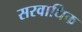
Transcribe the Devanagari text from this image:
सरवाधिक